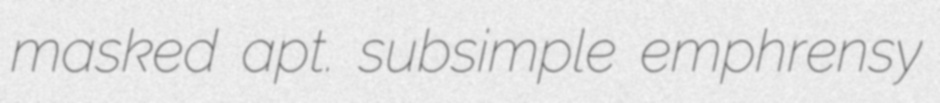
masked apt. subsimple emphrensy